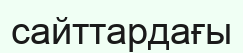
сайттардағы